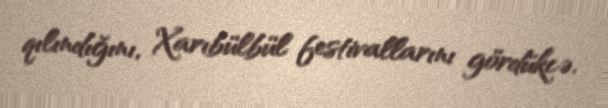
qılındığını, Xarıbülbül festivallarını gördükcə.